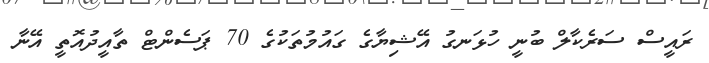
ރައީސް ސަރެކާލް ބުނީ ހުޅަނގު އޭޝިޔާގެ ގައުމުތަކުގެ 70 ޕަސެންޓް ތާއީދުއޮތީ އޭނާ